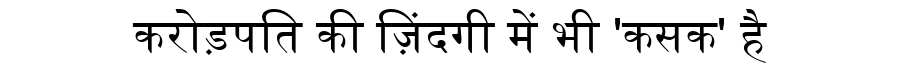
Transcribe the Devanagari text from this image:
करोड़पति की ज़िंदगी में भी 'कसक' है